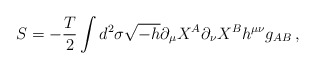
\begin{align*}S=-\frac{T}{2}\int d^2\sigma\sqrt{-h}\partial_\mu X^A\partial_\nu X^Bh^{\mu\nu}g_{AB}\, ,\end{align*}